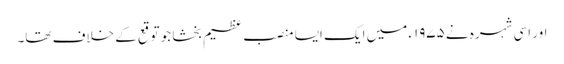
اور اسی شہرہ نے ۱۹۷۵ء میں ایک ایسا منصب عظیم بخشا جو توقع کے خلاف تھا۔